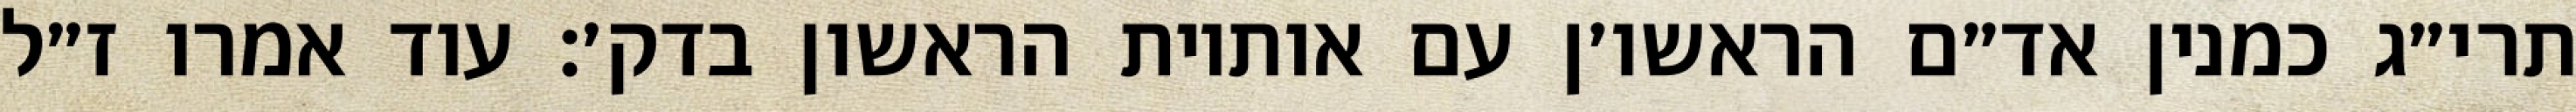
תרי״ג כמנין אד״ם הראשו׳ן עם אותיות הראשון בדק׳: עוד אמרו ז״ל